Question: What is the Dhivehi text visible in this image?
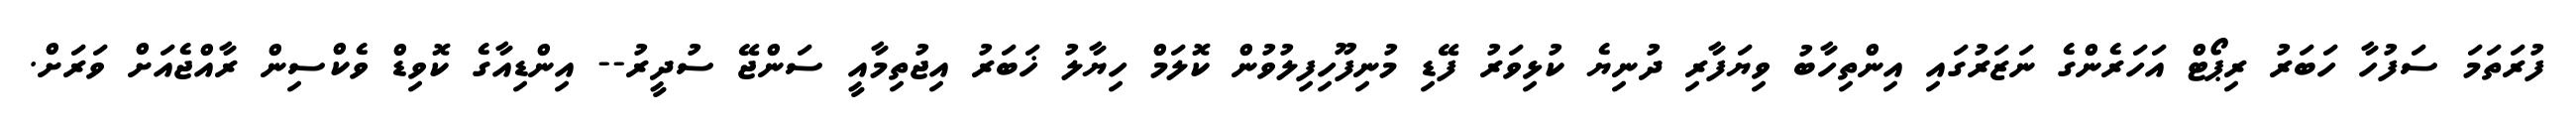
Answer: ފުރަތަމަ ސަފުހާ ހަބަރު ރިޕޯޓް އަހަރެންގެ ނަޒަރުގައި އިންތިހާބު ވިޔަފާރި ދުނިޔެ ކުޅިވަރު ފޭޑި މުނިފޫހިފިލުވުން ކޮލަމް ހިޔާލު ޚަބަރު އިޖުތިމާއީ ސަންޖޭ ސުދީރު-- އިންޑިއާގެ ކޮވިޑް ވެކްސިން ރާއްޖެއަށް ވަރަށް.